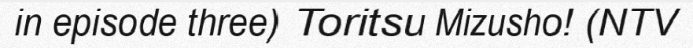
in episode three) Toritsu Mizusho! (NTV